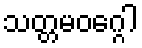
သတ္တမဝဂ္ဂေါ